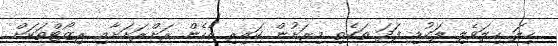
ހިލަ ހިލަވެލި ލަކުޑި ފަދަ ތަކެތި މިރަށުން ކައިރި އެހެން ރަށްރަށަށާއި ރިޒޯޓްތަކަށް